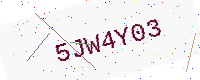
Text: 5JW4Y03